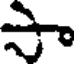
సా